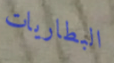
البطاريات